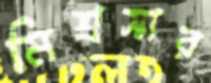
মিশ্রসার